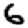
Digit: 6